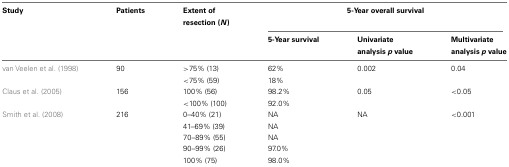
<table><thead><tr><td><b>Study</b></td><td><b>Patients</b></td><td><b>Extent of resection (<i>N</i>)</b></td><td colspan="3"><b>5-Year overall survival</b></td></tr><tr><td></td><td></td><td></td><td><b>5-Year survival</b></td><td><b>Univariate analysis <i>p</i> value</b></td><td><b>Multivariate analysis <i>p</i> value</b></td></tr></thead><tbody><tr><td>van Veelen et al. (1998)</td><td>90</td><td>&gt;75% (13)</td><td>62%</td><td>0.002</td><td>0.04</td></tr><tr><td></td><td></td><td>&lt;75% (59)</td><td>18%</td><td></td></tr><tr><td>Claus et al. (2005)</td><td>156</td><td>100% (56)</td><td>98.2%</td><td>0.05</td><td>&lt;0.05</td></tr><tr><td></td><td></td><td>&lt;100% (100)</td><td>92.0%</td><td></td></tr><tr><td>Smith et al. (2008)</td><td>216</td><td>0–40% (21)</td><td>NA</td><td>NA</td><td>&lt;0.001</td></tr><tr><td></td><td></td><td>41–69% (39)</td><td>NA</td><td></td></tr><tr><td></td><td></td><td>70–89% (55)</td><td>NA</td><td></td></tr><tr><td></td><td></td><td>90–99% (26)</td><td>97.0%</td><td></td></tr><tr><td></td><td></td><td>100% (75)</td><td>98.0%</td><td></td></tr></tbody></table>